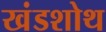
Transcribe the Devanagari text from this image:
खंडशोथ